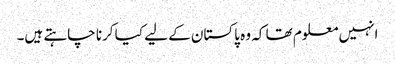
انہیں معلوم تھا کہ وہ پاکستان کے لیے کیا کرنا چاہتے ہیں۔